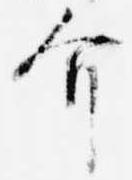
介